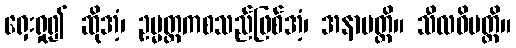
ရှေးရှု၍ ဆိုအံ့၊ ဥမ္မတ္တကစသည်ဖြစ်အံ့၊ အနာပတ္တိ။ သီလဝိပတ္တိ။